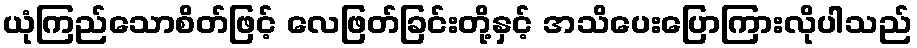
ယုံကြည်သောစိတ်ဖြင့် လေဖြတ်ခြင်းတို့နှင့် အသိပေးပြောကြားလိုပါသည်